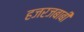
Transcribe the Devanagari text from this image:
हजरजबाबी